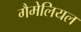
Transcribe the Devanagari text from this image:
गैमेलियल